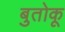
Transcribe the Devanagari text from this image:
बुतोकू